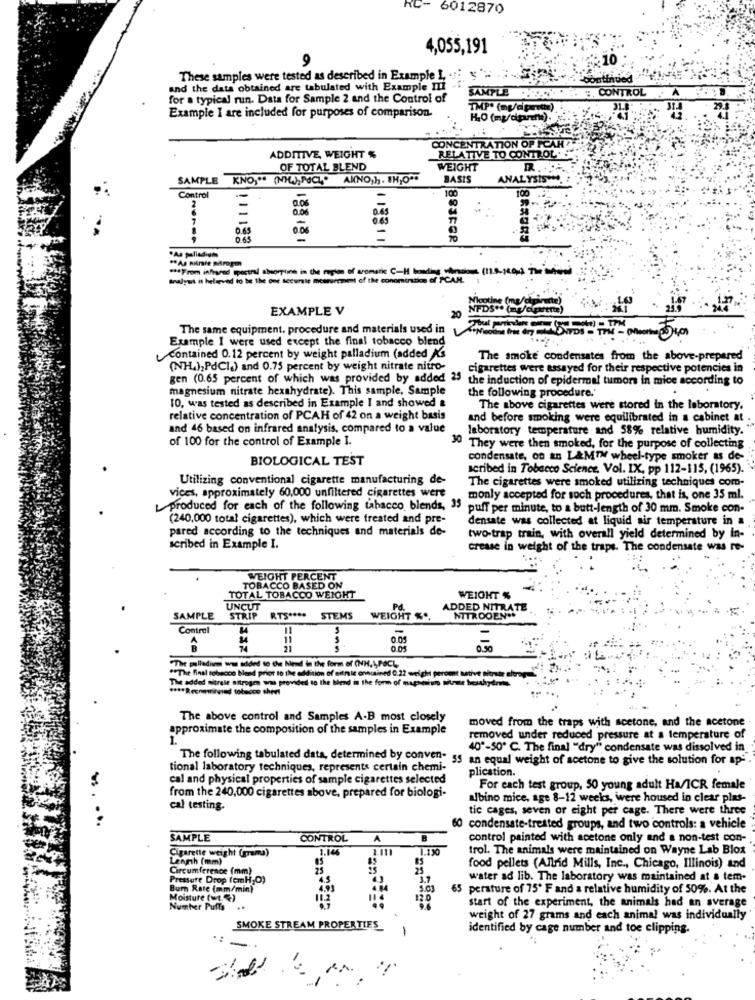
RC- 6012870
4,055,191
These samples were tested as described in Example I, J: '
and the data obtained are tabulated with Example Ili
" CONTROL . A
for a typical run. Data for Sample 2 and the Control of
SAMPLE HEURE
TMPª (mg/cpu()
31.8
29.3
Example I are included for purposes of comparison.
CONCENTRATION OP FCAHA
ADDITIVE, WEIGHT %
RELATIVE TO CONTROL.S
OF TOTAL BLEND
WEIGHT
SAMPLE KNO ,** (MW, POCI ANNO, 13. 1H,O.
BASIS
ANALYSIS ***.
Control
-
100
100
0.05
111188
883FER
.As palladium
"As nitrate mitropm
*** From infrared spectral absorptie in the region of aromatk C-H bonding windows (11.0-1404 The Mità
Bralyut it helseved to be the one secursie measurement of the conomination of PCAH.
EXAMPLE V
The same equipment. procedure and materials used in
Example I were used except the final tobacco blend
contained 0.12 percent by weight palladium (added As
The smoke condensates from the above-prepared
(NH),PdCI&) and 0.75 percent by weight nitrate nitro-
cigarettes were assayed for their respective potencies in
gen (0.65 percent of which was provided by added 25 the induction of epidermal tumors in mice according to
magnesium nitrate hexahydrate). This sample, Sample
10, was tested as described in Example I and showed &
the following procedure.'
The above cigarettes were stored in the laboratory,
relative concentration of PCAH of 42 on a weight basis
and before smoking were equilibrated in a cabinet at .
and 46 based on infrared analysis, compared to a value
laboratory temperature and 58% relative humidity.
of 100 for the control of Example I.
They were then smoked, for the purpose of collecting
BIOLOGICAL TEST
condensate, on an L&MTW wheel-type smoker as de-
scribed in Tobacco Science, Vol. IX, pp 112-115, (1965).
Utilizing conventional cigarette manufacturing de-
The cigarettes were smoked utilizing techniques com-
vices, approximately 60,000 unfiltered cigarettes were
monly accepted for soch procedures, that is, one 35 ml.
produced for each of the following tabacco blends, 35 puff per minute, to a butt-length of 30 mm. Smoke con-
(240,000 total cigarettes), which were treated and pre-
densate was collected at liquid air temperature in a
pared according to the techniques and materials de-
two-trap train, with overall yield determined by in-
scribed in Example I.
crease in weight of the traps. The condensate was re-
WEIGHT PERCENT
TOBACCO BASED ON
TOTAL TOBACCO WEIGHT
WEIGHT %
UNCUT
ADDED NITRATE
SAMPLE
STRIP RTS **** STEMS
WEIGHT " .,
NITROOEN **
Control
11
0.05
0.50
"The palladium was added to the Need in the form of (NH,L,POCL,
""The final tobacco bend prior to the addition of sitnie onnained C.22 weight perout setive nitrate altre
The added mitrale nitrogen was provided to the bend in the form of mapsestun wie heshydrate.
**** Renewingiad tobacco sheri
The above control and Samples A-B most closely
moved from the traps with acetone, and the acetone
approximate the composition of the samples in Example
1.
removed under reduced pressure at a temperature of
40"-50º C. The final "dry" condensate was dissolved in
The following tabulated data, determined by conven-
55 an equal weight of acetone to give the solution for ap-
tional laboratory techniques, represents certain chemi-
plication.
cal and physical properties of sample cigarettes selected
For each test group, 50 young adult Ha/ICR female
from the 240,000 cigarettes above, prepared for biologi-
albino mice, age 8-12 weeks, were housed in clear plas-
cal testing
tic cages, seven or eight per cage. There were three
.. ...
60 condensate-treated groups, and two controls: a vehicle
SAMPLE
CONTROL
A
control painted with acetone only and a non-test con-
1.146
2.111
1.130
trol. The animals were maintained on Wayne Lab Blox
Cigarette weight (grama)
Length (mm)
Circumference (mm)
food pellets (Allrid Mills, Inc ., Chicago, Illinois) and
Pressure Drop femH,O)
water ad lib. The laboratory was maintained at a tem-
Bur Rate (mm/min)
5.03
65 perature of 75º F and a relative humidity of 50%. At the
Moisture (wt.)
Number Puffs
start of the experiment, the animals had an average
.
weight of 27 grams and each animal was individually
SMOKE STREAM PROPERTIES
identified by cage number and toe clipping.